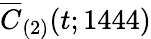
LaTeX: \overline{{C}}_{(2)}(t;1444)